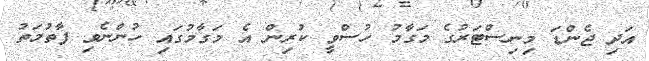
އަދި ޖެންޑަ މިނިސްޓަރުގެ މަގާމު ހުސްވީ ކުރިން އެ މަގާމުގައި ހުންނެވި ފާތުމަތު